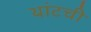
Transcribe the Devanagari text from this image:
थांटची